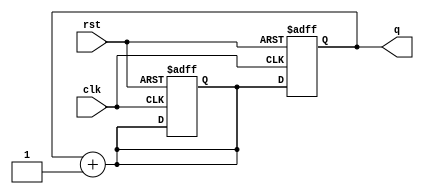
`timescale 1ns / 1ps
//////////////////////////////////////////////////////////////////////////////////
// Company: 
// Engineer: 
// 
// Design Name: 
// Module Name: prelab3_1
// Project Name: 
// Target Devices: 
// Tool Versions: 
// Description: 
// 
// Dependencies: 
// 
// Revision:
// Revision 0.01 - File Created
// Additional Comments:
// 
//////////////////////////////////////////////////////////////////////////////////


module bcdcounter(
q, // output
clk, // global clock
rst // active high reset
);

output [3:0] q; // output
input clk; // global clock
input rst; // active high reset
reg [3:0] q; // output (in always block)
reg [3:0] q_tmp; // input to dff (in always block)

// Combinational logics
always @(q)
    q_tmp = q + 4'b0001;

// Sequential logics: Flip flops
always @(posedge clk or negedge rst)
    if (~rst)begin 
    q<=4'd0;
    q_tmp<=4'd0;
    end
    else q<=q_tmp;

endmodule